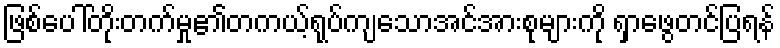
ဖြစ်ပေါ်တိုးတက်မှု၏တကယ့်ရုပ်ကျသောအင်အားစုများကို ရှာဖွေတင်ပြရန်